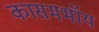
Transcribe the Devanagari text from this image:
कासमभॉय